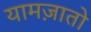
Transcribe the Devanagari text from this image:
यामज़ातो